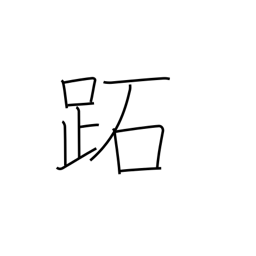
Meaning: sole of the foot